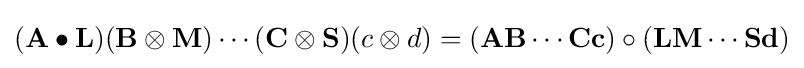
(\mathbf {A} \bullet \mathbf {L} )(\mathbf {B} \otimes \mathbf {M} )\cdots (\mathbf {C} \otimes \mathbf {S} )(c\otimes d)=(\mathbf {A} \mathbf {B} \cdots \mathbf {C} \mathbf {c} )\circ (\mathbf {L} \mathbf {M} \cdots \mathbf {S} \mathbf {d} )